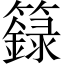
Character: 籙